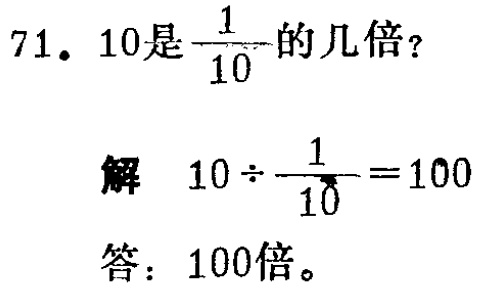
71. 10是$\frac{1}{10}$的几倍？

解 \(10\div\frac{1}{10}=100\)

答：100倍。